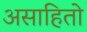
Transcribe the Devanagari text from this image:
असाहितो